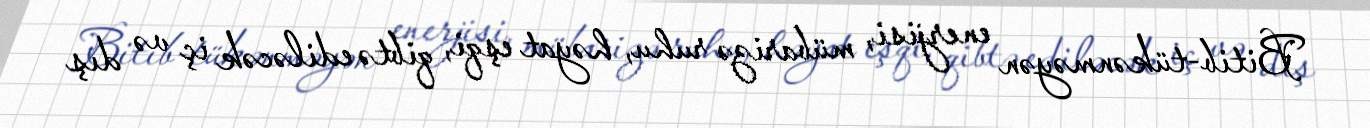
Bitib-tükənməyən enerjisi, mübarizə ruhu, həyat eşqi, qibtə ediləcək iç və dış